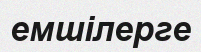
емшілерге